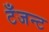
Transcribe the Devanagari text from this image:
टँजन्ट